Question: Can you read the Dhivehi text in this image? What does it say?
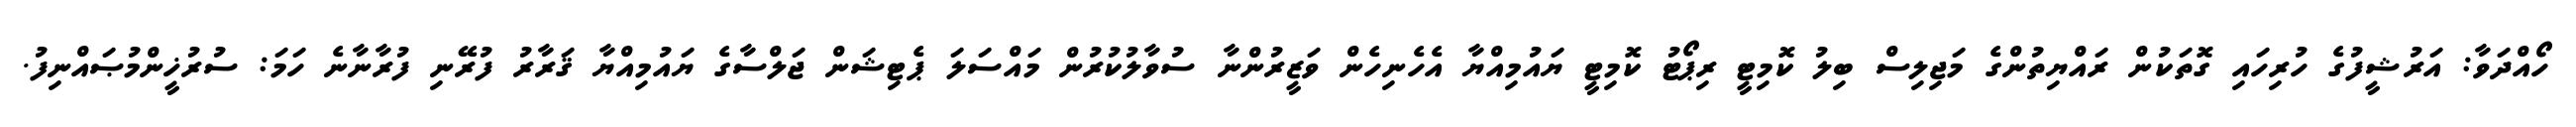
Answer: ހޯއްދަވާ: އަރުޝީފުގެ ހުރިހައި ގޮތަކުން ރައްޔިތުންގެ މަޖިލިސް ބިލު ކޮމިޓީ ރިޕޯޓު ކޮމިޓީ ޔައުމިއްޔާ އެހެނިހެން ވަޒީރުންނާ ސުވާލުކުރުން މައްސަލަ ޕެޓިޝަން ޖަލްސާގެ ޔައުމިއްޔާ ޤަރާރު ފުރޭނި ފުރާނާނެ ހަމަ: ސުރުޚީންމުޞައްނިފު.